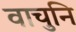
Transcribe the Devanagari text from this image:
वाचुनि